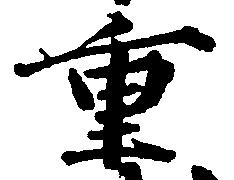
重